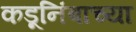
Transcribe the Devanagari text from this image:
कडूनिंबाच्या